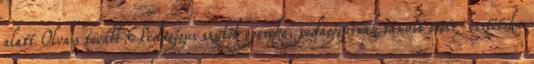
alatt Olvass tovább Pedagógus szülők gyereke, pedagógusnak tanult orosz-esztétika